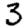
Digit: 3